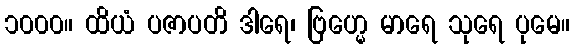
၁၀၀၀။ ထိယံ ပဇာပတိ ဒါရေ၊ ဗြဟ္မေ မာရေ သုရေ ပုမေ။